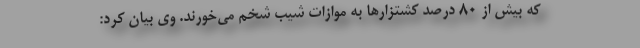
که بیش از 80 درصد کشتزارها به موازات شیب شخم می‌خورند. وی بیان کرد: